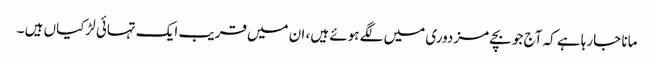
مانا جارہا ہے کہ آج جو بچے مزدوری میں لگے ہوئے ہیں، ان میں قریب ایک تہائی لڑکیاں ہیں ۔